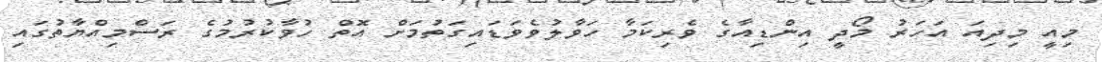
މިއީ މިދިއަ އަހަރު މޯދީ އިންޑިއާގެ ވެރިކަމާ ހަވާލުވެވަޑައިގަތުމަށް އޮތް ހުވާކުރުމުގެ ރަސްމިއްޔާތުގައި